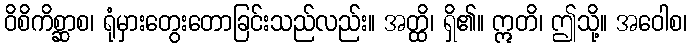
ဝိစိကိစ္ဆာစ၊ ရုံမှားတွေးတောခြင်းသည်လည်း။ အတ္ထိ၊ ရှိ၏။ ဣတိ၊ ဤသို့။ အဝေါစ၊